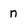
Character: n